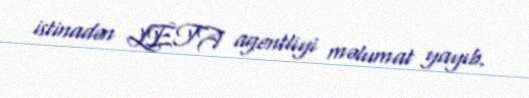
istinadən LETA agentliyi məlumat yayıb.